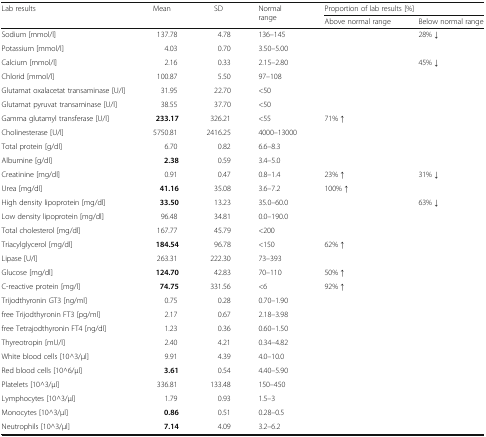
<table><thead><tr><td rowspan="2"><b>Lab results</b></td><td rowspan="2"><b>Mean</b></td><td rowspan="2"><b>SD</b></td><td rowspan="2"><b>Normal range</b></td><td colspan="2"><b>Proportion of lab results [%]</b></td></tr><tr><td><b>Above normal range</b></td><td><b>Below normal range</b></td></tr></thead><tbody><tr><td>Sodium [mmol/l]</td><td>137.78</td><td>4.78</td><td>136–145</td><td></td><td>28% ↓</td></tr><tr><td>Potassium [mmol/l]</td><td>4.03</td><td>0.70</td><td>3.50–5.00</td><td></td><td></td></tr><tr><td>Calcium [mmol/l]</td><td>2.16</td><td>0.33</td><td>2.15–2.80</td><td></td><td>45% ↓</td></tr><tr><td>Chlorid [mmol/l]</td><td>100.87</td><td>5.50</td><td>97–108</td><td></td><td></td></tr><tr><td>Glutamat oxalacetat transaminase [U/l]</td><td>31.95</td><td>22.70</td><td>&lt;50</td><td></td><td></td></tr><tr><td>Glutamat pyruvat transaminase [U/l]</td><td>38.55</td><td>37.70</td><td>&lt;50</td><td></td><td></td></tr><tr><td>Gamma glutamyl transferase [U/l]</td><td><b>233.17</b></td><td>326.21</td><td>&lt;55</td><td>71% ↑</td><td></td></tr><tr><td>Cholinesterase [U/l]</td><td>5750.81</td><td>2416.25</td><td>4000–13000</td><td></td><td></td></tr><tr><td>Total protein [g/dl]</td><td>6.70</td><td>0.82</td><td>6.6–8.3</td><td></td><td></td></tr><tr><td>Albumine [g/dl]</td><td><b>2.38</b></td><td>0.59</td><td>3.4–5.0</td><td></td><td></td></tr><tr><td>Creatinine [mg/dl]</td><td>0.91</td><td>0.47</td><td>0.8–1.4</td><td>23% ↑</td><td>31% ↓</td></tr><tr><td>Urea [mg/dl]</td><td><b>41.16</b></td><td>35.08</td><td>3.6–7.2</td><td>100% ↑</td><td></td></tr><tr><td>High density lipoprotein [mg/dl]</td><td><b>33.50</b></td><td>13.23</td><td>35.0–60.0</td><td></td><td>63% ↓</td></tr><tr><td>Low density lipoprotein [mg/dl]</td><td>96.48</td><td>34.81</td><td>0.0–190.0</td><td></td><td></td></tr><tr><td>Total cholesterol [mg/dl]</td><td>167.77</td><td>45.79</td><td>&lt;200</td><td></td><td></td></tr><tr><td>Triacylglycerol [mg/dl]</td><td><b>184.54</b></td><td>96.78</td><td>&lt;150</td><td>62% ↑</td><td></td></tr><tr><td>Lipase [U/l]</td><td>263.31</td><td>222.30</td><td>73–393</td><td></td><td></td></tr><tr><td>Glucose [mg/dl]</td><td><b>124.70</b></td><td>42.83</td><td>70–110</td><td>50% ↑</td><td></td></tr><tr><td>C-reactive protein [mg/l]</td><td><b>74.75</b></td><td>331.56</td><td>&lt;6</td><td>92% ↑</td><td></td></tr><tr><td>Trijodthyronin GT3 [ng/ml]</td><td>0.75</td><td>0.28</td><td>0.70–1.90</td><td></td><td></td></tr><tr><td>free Trijodthyronin FT3 [pg/ml]</td><td>2.17</td><td>0.67</td><td>2.18–3.98</td><td></td><td></td></tr><tr><td>free Tetrajodthyronin FT4 [ng/dl]</td><td>1.23</td><td>0.36</td><td>0.60–1.50</td><td></td><td></td></tr><tr><td>Thyreotropin [mU/l]</td><td>2.40</td><td>4.21</td><td>0.34–4.82</td><td></td><td></td></tr><tr><td>White blood cells [10^3/μl]</td><td>9.91</td><td>4.39</td><td>4.0–10.0</td><td></td><td></td></tr><tr><td>Red blood cells [10^6/μl]</td><td><b>3.61</b></td><td>0.54</td><td>4.40–5.90</td><td></td><td></td></tr><tr><td>Platelets [10^3/μl]</td><td>336.81</td><td>133.48</td><td>150–450</td><td></td><td></td></tr><tr><td>Lymphocytes [10^3/μl]</td><td>1.79</td><td>0.93</td><td>1.5–3</td><td></td><td></td></tr><tr><td>Monocytes [10^3/μl]</td><td><b>0.86</b></td><td>0.51</td><td>0.28–0.5</td><td></td><td></td></tr><tr><td>Neutrophils [10^3/μl]</td><td><b>7.14</b></td><td>4.09</td><td>3.2–6.2</td><td></td><td></td></tr></tbody></table>